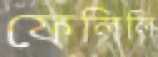
ফেলিলি